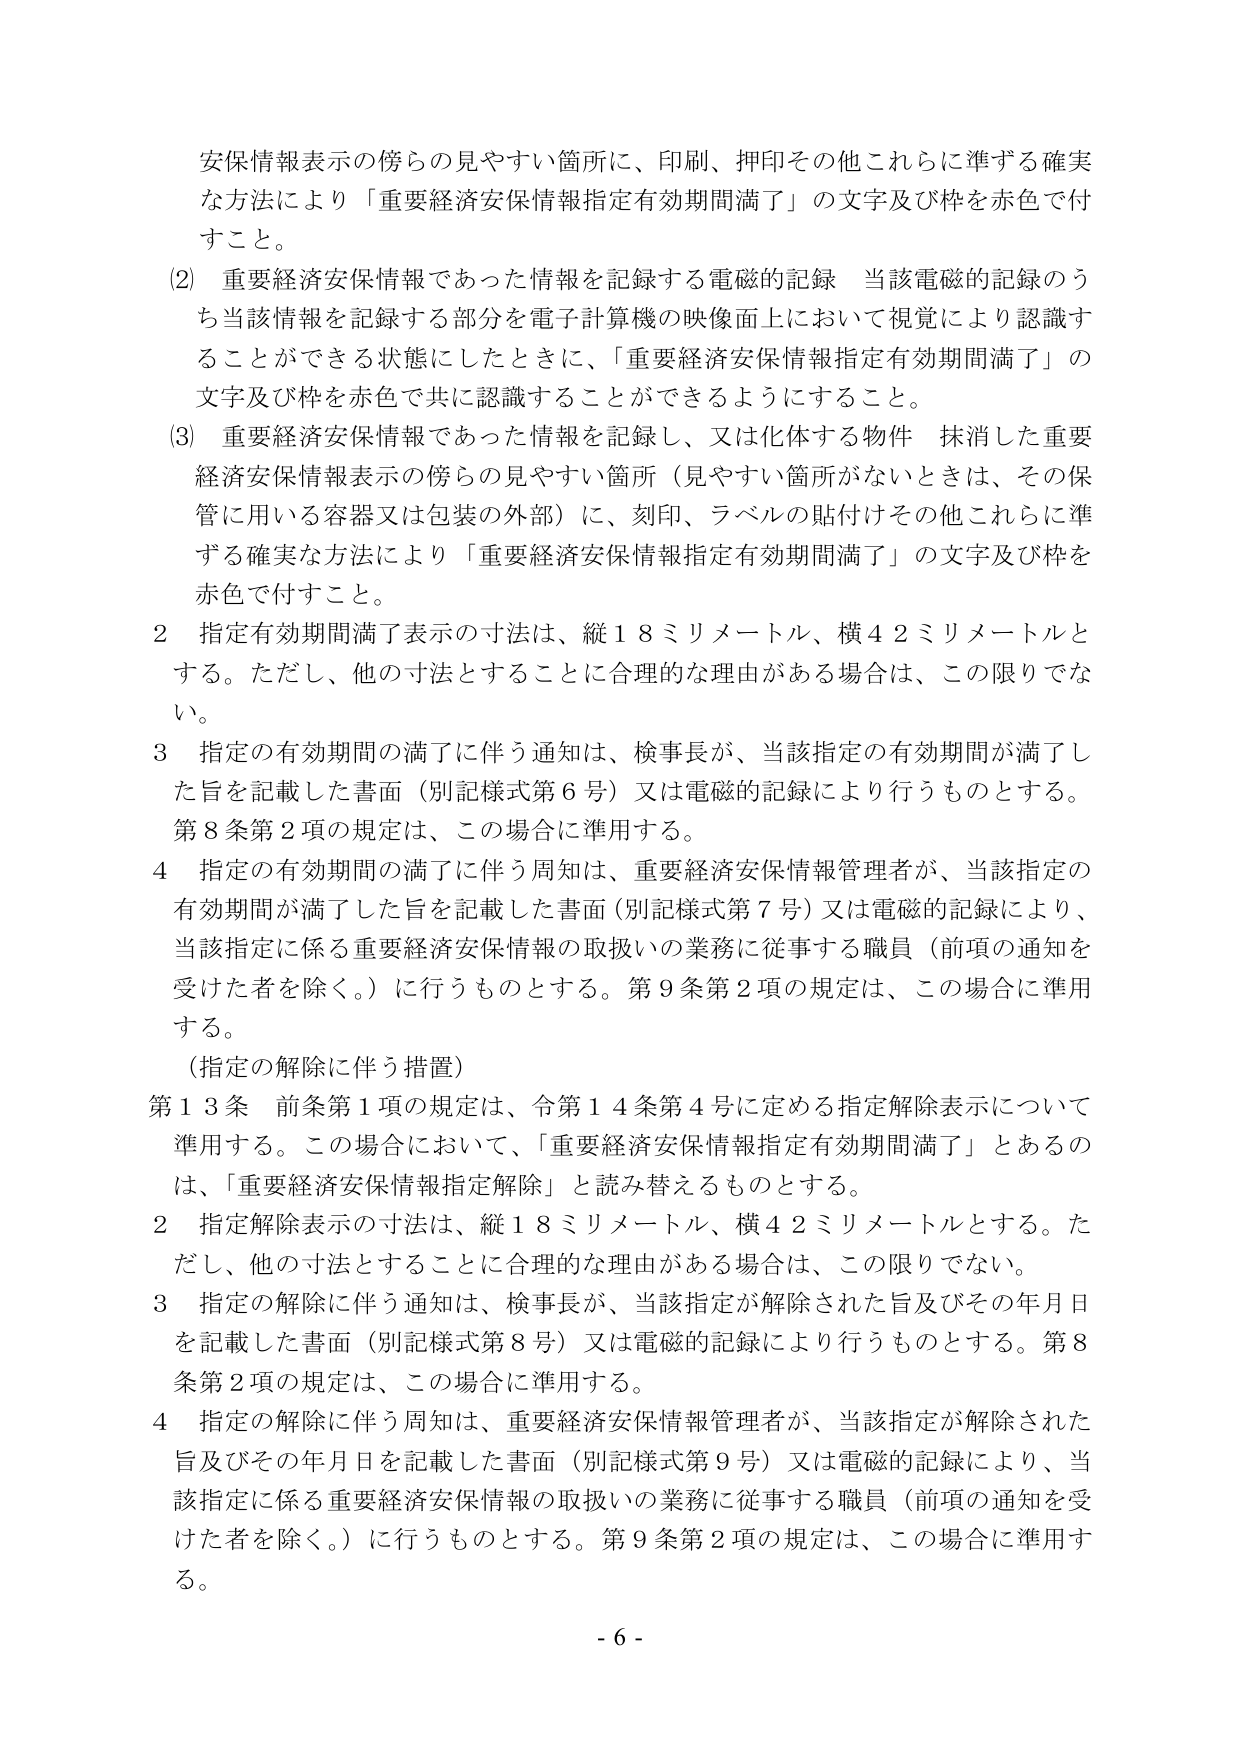
安保情報表示の傍らの見やすい箇所に、印刷、押印その他これらに準ずる確実な方法により「重要経済安保情報指定有効期間満了」の文字及び枠を赤色で付すこと。

(2) 重要経済安保情報であった情報を記録する電磁的記録 当該電磁的記録のうち当該情報を記録する部分を電子計算機の映像面上において視覚により認識することができる状態にしたときに、「重要経済安保情報指定有効期間満了」の文字及び枠を赤色で共に認識することができるようにすること。

(3) 重要経済安保情報であった情報を記録し、又は化体する物件 抹消した重要経済安保情報表示の傍らの見やすい箇所（見やすい箇所がないときは、その保管に用いる容器又は包装の外部）に、刻印、ラベルの貼付けその他これらに準ずる確実な方法により「重要経済安保情報指定有効期間満了」の文字及び枠を赤色で付すこと。

2 指定有効期間満了表示の寸法は、縦18ミリメートル、横42ミリメートルとする。ただし、他の寸法とすることに合理的な理由がある場合は、この限りでない。

3 指定の有効期間の満了に伴う通知は、検事長が、当該指定の有効期間が満了した旨を記載した書面（別記様式第6号）又は電磁的記録により行うものとする。第8条第2項の規定は、この場合に準用する。

4 指定の有効期間の満了に伴う周知は、重要経済安保情報管理者が、当該指定の有効期間が満了した旨を記載した書面（別記様式第7号）又は電磁的記録により、当該指定に係る重要経済安保情報の取扱いの業務に従事する職員（前項の通知を受けた者を除く。）に行うものとする。第9条第2項の規定は、この場合に準用する。

（指定の解除に伴う措置）

第13条 前条第1項の規定は、令第14条第4号に定める指定解除表示について準用する。この場合において、「重要経済安保情報指定有効期間満了」とあるのは、「重要経済安保情報指定解除」と読み替えるものとする。

2 指定解除表示の寸法は、縦18ミリメートル、横42ミリメートルとする。ただし、他の寸法とすることに合理的な理由がある場合は、この限りでない。

3 指定の解除に伴う通知は、検事長が、当該指定が解除された旨及びその年月日を記載した書面（別記様式第8号）又は電磁的記録により行うものとする。第8条第2項の規定は、この場合に準用する。

4 指定の解除に伴う周知は、重要経済安保情報管理者が、当該指定が解除された旨及びその年月日を記載した書面（別記様式第9号）又は電磁的記録により、当該指定に係る重要経済安保情報の取扱いの業務に従事する職員（前項の通知を受けた者を除く。）に行うものとする。第9条第2項の規定は、この場合に準用する。

- 6 -